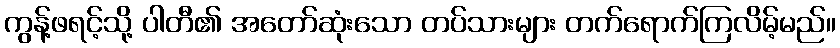
ကွန့်ဖရင့်သို့ ပါတီ၏ အတော်ဆုံးသော တပ်သားများ တက်ရောက်ကြလိမ့်မည်။